Reports on military cantonments and civil stations in the Presidency of Bombay inspected by the Sanitary Commissioner in the years 1875 and 1876
Year: 1875
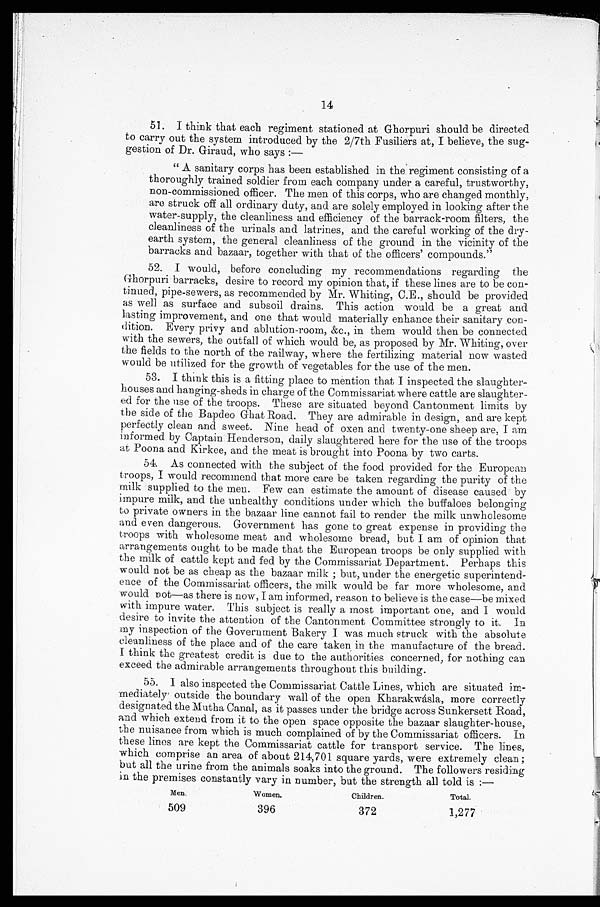
14
51. I think that each regiment stationed at Ghorpuri should be directed
to carry out the system introduced by the 2/7th Fusiliers at, I believe, the sug-
gestion of Dr. Giraud, who says:—
" A sanitary corps has been established in the regiment consisting of a
thoroughly trained soldier from each company under a careful, trustworthy,
non-commissioned officer. The men of this corps, who are changed monthly,
are struck off all ordinary duty, and are solely employed in looking after the
water-supply, the cleanliness and efficiency of the barrack-room filters, the
cleanliness of the urinals and latrines, and the careful working of the dry-
earth system, the general cleanliness of the ground in the vicinity of the
barracks and bazaar, together with that of the officers' compounds."
52.
would, before concluding my recommendations regarding the
Ghorpuri barracks, desire to record my opinion that, if these lines are to be con-
tinued, pipe-sewers, as recommended by Mr. Whiting, C.E., should be provided
as well as surface and subsoil drains. This action would be a great and
lasting improvement, and one that would materially enhance their sanitary con-
dition. Every privy and ablution-room, &c., in them would then be connected
with the sewers, the outfall of which would be, as proposed by Mr. Whiting, over
the fields to the north of the railway, where the fertilizing material now wasted
would be utilized for the growth of vegetables for the use of the men.
53. I think this is a fitting place to mention that I inspected the slaughter-
houses and hanging-sheds in charge of the Commissariat where cattle are slaughter-
ed for the use of the troops. These are situated beyond Cantonment limits by
the side of the Bapdeo Ghat Road. They are admirable in design, and are kept
perfectly clean and sweet. Nine head of oxen and twenty-one sheep are, I am
informed by Captain Henderson, daily slaughtered here for the use of the troops
at Poona and Kirkee, and the meat is brought into Poona by two carts.
54. As connected with the subject of the food provided for the European
troops, I would recommend that more care be taken regarding the purity of the
milk supplied to the men. Few can estimate the amount of disease caused by
impure milk, and the unhealthy conditions under which the buffaloes belonging
to private owners in the bazaar line cannot fail to render the milk unwholesome
and even dangerous. Government has gone to great expense in providing the
troops with wholesome meat and wholesome bread, but I am of opinion that
arrangements ought to be made that the European troops be only supplied with
the milk of cattle kept and fed by the Commissariat Department. Perhaps this
would not be as cheap as the bazaar milk ; but, under the energetic superintend-
ence of the Commissariat officers, the milk would be far more wholesome, and
would n ot—as there is now, I am informed, reason to believe is the case—be mixed
with impure water. This subject is really a most important one, and I would
desire to invite the attention of the Cantonment Committee strongly to it. In
my inspection of the Government Bakery I was much struck with the absolute
cleanliness of the place and of the care taken in the manufacture of the bread.
I think the greatest credit is due to the authorities concerned, for nothing can
exceed the admirable arrangements throughout this building.
55. I also inspected the Commissariat Cattle Lines, which are situated
im-mediately¬ outside the boundary wall of the open Kharakwásla, more correctly
designated the Mutha Canal, as it passes under the bridge across Sunkersett Road,
and which extend from it to the open space opposite the bazaar slaughter-house,
the nuisance from which is much complained of by the Commissariat officers. In
these lines are kept the Commissariat cattle for transport service. The lines,
which comprise an area of about 214,701 square yards, were extremely clean;
but all the urine from the animals soaks into the ground. The followers residing
in the premises constantly vary in number, but the strength all told is : —
Men.
Women.
Children.
Total.
509
396
372
1,277